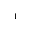
_ 1